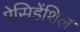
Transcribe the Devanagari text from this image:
प्रेसिडेंशिल